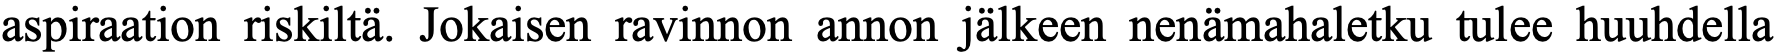
aspiraation riskiltä. Jokaisen ravinnon annon jälkeen nenämahaletku tulee huuhdella